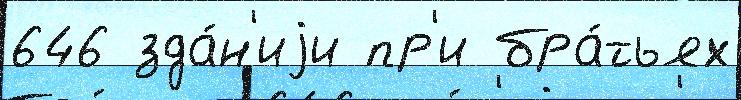
646 зда́н'иjи пр'и бра́тьях